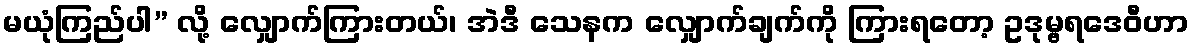
မယုံကြည်ပါ” လို့ လျှောက်ကြားတယ်၊ အဲဒီ သေနက လျှောက်ချက်ကို ကြားရတော့ ဥဒုမ္ဗရဒေဝီဟာ